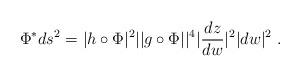
LaTeX: \begin{align*} \Phi^*ds^2 = |h \circ \Phi|^2||g \circ \Phi||^4|\frac{dz}{dw}|^2|dw|^2 \ .\end{align*}